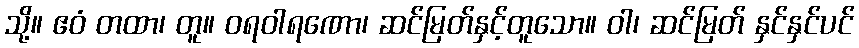
သို့။ ဧဝံ တထာ၊ တူ။ ဝရဝါရဏော၊ ဆင်မြတ်နှင့်တူသော။ ဝါ၊ ဆင်မြတ် နှင်နှင်ပင်